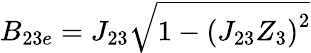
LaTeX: B_{23e}=J_{23}\sqrt{1-\left(J_{23}Z_{3}\right)^{2}}